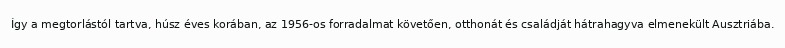
Így a megtorlástól tartva, húsz éves korában, az 1956-os forradalmat követően, otthonát és családját hátrahagyva elmenekült Ausztriába.